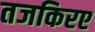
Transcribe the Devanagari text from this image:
तजकिरए